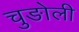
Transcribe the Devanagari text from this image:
चुङोली